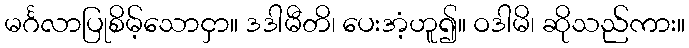
မင်္ဂလာပြုစိမ့်သောငှာ။ ဒဒါမီတိ၊ ပေးအံ့ဟူ၍။ ဝဒါမိ၊ ဆိုသည်ကား။